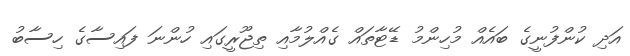
އަދި ކުންފުނީގެ ބައެއް މުހިންމު ޑޭޓާތައް ގެއްލުމާއި ތިޖޫރީގައި ހުންނަ ފައިސާގެ ހިސާބު